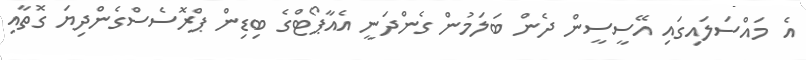
އެ މައްސަލައިގައި އޭސީސީން ދެން ބަލަމުން ގެންދަނީ އެއާޕޯޓްގެ ބިޑިން ޕްރޮސެސްގެންދިޔަ ގޮތާއި